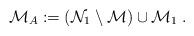
LaTeX: \begin{align*} \mathcal M_A:=(\mathcal N_1\setminus \mathcal M)\cup \mathcal M_1\;.\end{align*}